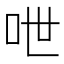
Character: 呭